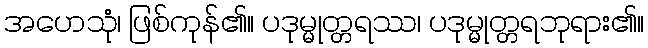
အဟေသုံ၊ ဖြစ်ကုန်၏။ ပဒုမ္မုတ္တရဿ၊ ပဒုမ္မုတ္တရဘုရား၏။